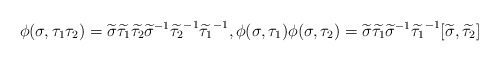
\begin{align*}\phi(\sigma, \tau_1\tau_2) = \widetilde \sigma \widetilde {\tau_1} \widetilde {\tau_2} {\widetilde {\sigma}}^{-1} {\widetilde {\tau_2}}^{-1} {\widetilde {\tau_1}}^{-1}, \phi(\sigma, \tau_1) \phi(\sigma, \tau_2) = \widetilde \sigma \widetilde {\tau_1} {\widetilde \sigma}^{-1} {\widetilde {\tau_1}}^{-1} [\widetilde \sigma, \widetilde {\tau_2}]\end{align*}